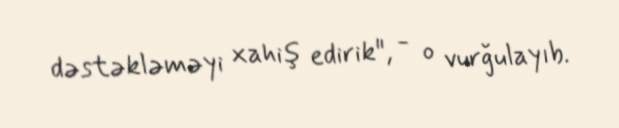
dəstəkləməyi xahiş edirik", - o vurğulayıb.